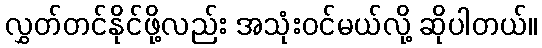
လွှတ်တင်နိုင်ဖို့လည်း အသုံးဝင်မယ်လို့ ဆိုပါတယ်။